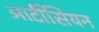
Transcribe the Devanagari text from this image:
आर्टीसियन